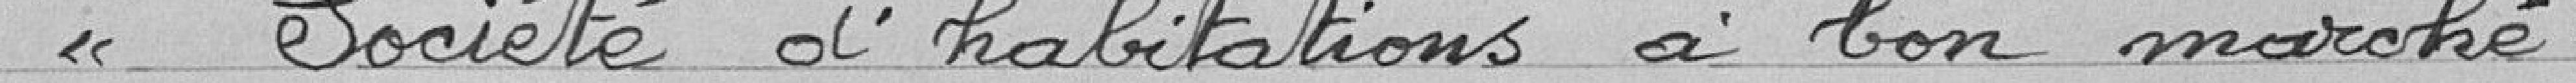
" société d'habitations à bon marché :